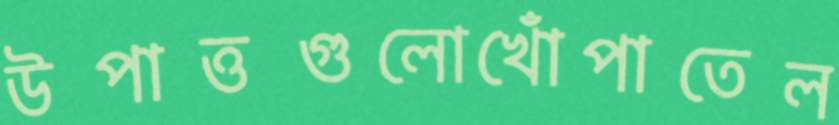
উপাত্তগুলোখোঁপাতেল